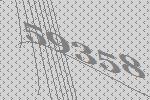
59358